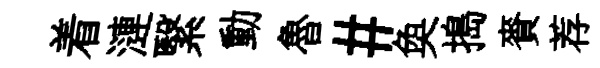
着漣繄動魯#奐搗賚荐